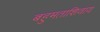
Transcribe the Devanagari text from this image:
बहुमताशिवाय